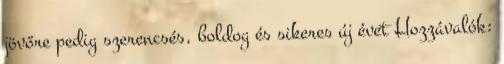
jövőre pedig szerencsés, boldog és sikeres új évet Hozzávalók: